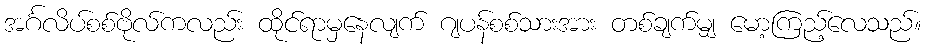
အင်္ဂလိပ်စစ်ဗိုလ်ကလည်း ထိုင်ရာမှနေလျက် ဂျပန်စစ်သားအား တစ်ချက်မျှ မော့ကြည့်လေသည်။